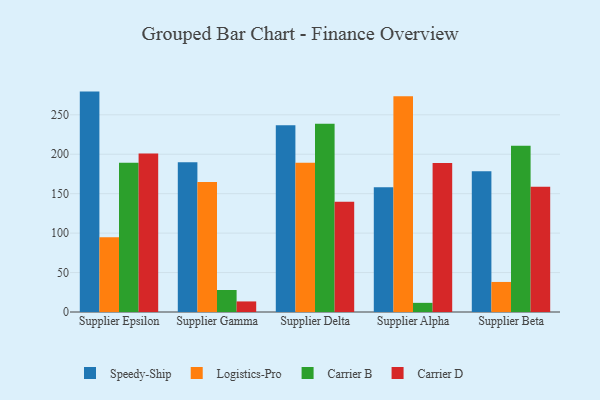
{"axis": {"x": "Supplier", "y": "Energy Usage (MWh)"}, "legend": ["Carrier B", "Carrier D", "Logistics-Pro", "Speedy-Ship"], "data": [{"x": "Supplier Epsilon", "y": 279.4, "type": "Speedy-Ship"}, {"x": "Supplier Epsilon", "y": 94.7, "type": "Logistics-Pro"}, {"x": "Supplier Epsilon", "y": 189.1, "type": "Carrier B"}, {"x": "Supplier Epsilon", "y": 200.9, "type": "Carrier D"}, {"x": "Supplier Gamma", "y": 189.7, "type": "Speedy-Ship"}, {"x": "Supplier Gamma", "y": 164.8, "type": "Logistics-Pro"}, {"x": "Supplier Gamma", "y": 27.9, "type": "Carrier B"}, {"x": "Supplier Gamma", "y": 13.4, "type": "Carrier D"}, {"x": "Supplier Delta", "y": 236.6, "type": "Speedy-Ship"}, {"x": "Supplier Delta", "y": 189.1, "type": "Logistics-Pro"}, {"x": "Supplier Delta", "y": 238.7, "type": "Carrier B"}, {"x": "Supplier Delta", "y": 139.7, "type": "Carrier D"}, {"x": "Supplier Alpha", "y": 158.0, "type": "Speedy-Ship"}, {"x": "Supplier Alpha", "y": 273.5, "type": "Logistics-Pro"}, {"x": "Supplier Alpha", "y": 11.6, "type": "Carrier B"}, {"x": "Supplier Alpha", "y": 188.8, "type": "Carrier D"}, {"x": "Supplier Beta", "y": 178.3, "type": "Speedy-Ship"}, {"x": "Supplier Beta", "y": 38.1, "type": "Logistics-Pro"}, {"x": "Supplier Beta", "y": 210.8, "type": "Carrier B"}, {"x": "Supplier Beta", "y": 158.8, "type": "Carrier D"}]}